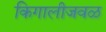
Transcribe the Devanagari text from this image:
किगालीजवळ